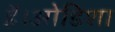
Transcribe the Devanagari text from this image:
है।ओडिशा